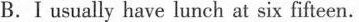
B.I usually have lunch at six fifteen.